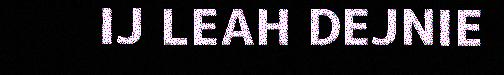
IJ LEAH DEJNIE